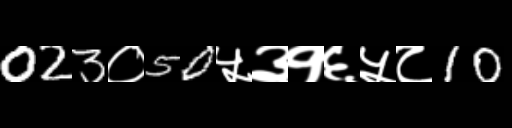
Text: 023०50५३१६५८10